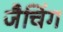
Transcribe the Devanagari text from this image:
जैचिंग